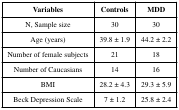
<table><thead><tr><td><b>Variables</b></td><td><b>Controls</b></td><td><b>MDD</b></td></tr></thead><tbody><tr><td>N, Sample size</td><td>30</td><td>30</td></tr><tr><td>Age (years)</td><td>39.8 ± 1.9</td><td>44.2 ± 2.2</td></tr><tr><td>Number of female subjects</td><td>21</td><td>18</td></tr><tr><td>Number of Caucasians</td><td>14</td><td>16</td></tr><tr><td>BMI</td><td>28.2 ± 4.3</td><td>29.3 ± 5.9</td></tr><tr><td>Beck Depression Scale</td><td>7 ± 1.2</td><td>25.8 ± 2.4</td></tr></tbody></table>